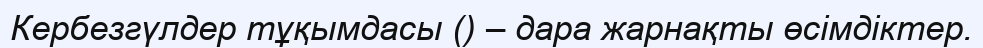
Кербезгүлдер тұқымдасы () – дара жарнақты өсімдіктер.